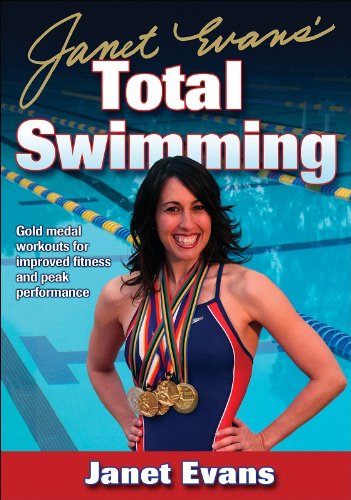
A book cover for Janet Evans' Total Swimming; Janet Evans; Health, Fitness & Dieting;